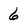
Character: 6